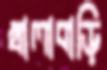
খালাবাড়ি